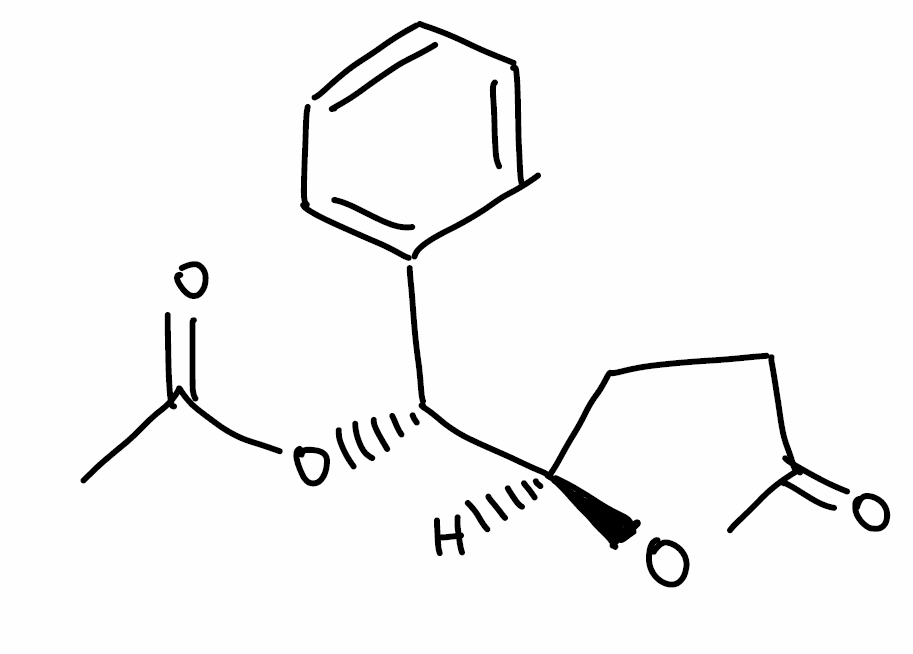
Simplified molecular-input line-entry system (SMILES) notation of the given molecule:
CC(=O)O[C@@H]([C@H]1CCC(=O)O1)C2=CC=CC=C2